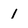
Character: 1